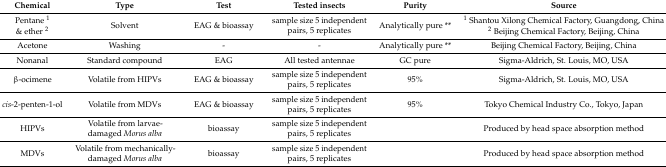
<table><thead><tr><td><b>Chemical</b></td><td><b>Type</b></td><td><b>Test</b></td><td><b>Tested insects</b></td><td><b>Purity</b></td><td><b>Source</b></td></tr></thead><tbody><tr><td>Pentane <sup>1</sup> &amp; ether <sup>2</sup></td><td>Solvent</td><td>EAG &amp; bioassay</td><td>sample size 5 independent pairs, 5 replicates</td><td>Analytically pure **</td><td><sup>1</sup> Shantou Xilong Chemical Factory, Guangdong, China<sup>2</sup> Beijing Chemical Factory, Beijing, China</td></tr><tr><td>Acetone</td><td>Washing</td><td>-</td><td>-</td><td>Analytically pure **</td><td>Beijing Chemical Factory, Beijing, China</td></tr><tr><td>Nonanal</td><td>Standard compound</td><td>EAG</td><td>All tested antennae</td><td>GC pure</td><td>Sigma-Aldrich, St. Louis, MO, USA</td></tr><tr><td>β-ocimene</td><td>Volatile from HIPVs</td><td>EAG &amp; bioassay</td><td>sample size 5 independent pairs, 5 replicates</td><td>95%</td><td>Sigma-Aldrich, St. Louis, MO, USA</td></tr><tr><td><i>cis</i>-2-penten-1-ol</td><td>Volatile from MDVs</td><td>EAG &amp; bioassay</td><td>sample size 5 independent pairs, 5 replicates</td><td>95%</td><td>Tokyo Chemical Industry Co., Tokyo, Japan</td></tr><tr><td>HIPVs</td><td>Volatile from larvae-damaged <i>Morus alba</i></td><td>bioassay</td><td>sample size 5 independent pairs, 5 replicates</td><td></td><td>Produced by head space absorption method</td></tr><tr><td>MDVs</td><td>Volatile from mechanically-damaged <i>Morus alba</i></td><td>bioassay</td><td>sample size 5 independent pairs, 5 replicates</td><td></td><td>Produced by head space absorption method</td></tr></tbody></table>